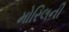
મોરિલની